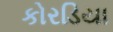
કોરડિયા